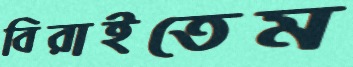
বিরাইতেম